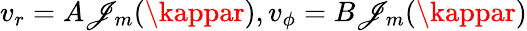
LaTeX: v_{r}=A\mathscr{J}_{m}(\kappar),v_{\phi}=B\mathscr{J}_{m}(\kappar)